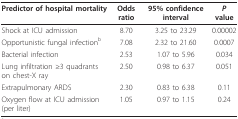
<table><thead><tr><td><b>Predictor of hospital mortality</b></td><td><b>Odds ratio</b></td><td><b>95% confidence interval</b></td><td><b><i>P </i>value</b></td></tr></thead><tbody><tr><td>Shock at ICU admission</td><td>8.70</td><td>3.25 to 23.29</td><td>0.00002</td></tr><tr><td>Opportunistic fungal infection<sup>b</sup></td><td>7.08</td><td>2.32 to 21.60</td><td>0.0007</td></tr><tr><td>Bacterial infection</td><td>2.53</td><td>1.07 to 5.96</td><td>0.034</td></tr><tr><td>Lung infiltration ≥3 quadrants on chest-X ray</td><td>2.50</td><td>0.98 to 6.37</td><td>0.051</td></tr><tr><td>Extrapulmonary ARDS</td><td>2.30</td><td>0.83 to 6.38</td><td>0.11</td></tr><tr><td>Oxygen flow at ICU admission (per liter)</td><td>1.05</td><td>0.97 to 1.15</td><td>0.24</td></tr></tbody></table>